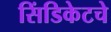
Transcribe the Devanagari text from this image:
सिंडिकेटचे